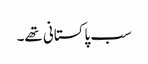
سب پاکستانی تھے۔